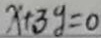
x + 3 g = 0